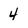
Character: 4